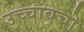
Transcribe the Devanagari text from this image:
उच्चावचो